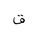
Letter: _qaf